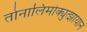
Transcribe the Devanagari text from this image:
तोनालिमोक्युत्झायान